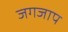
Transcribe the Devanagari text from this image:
जगजाप